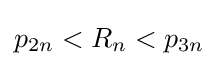
p_{2n}<R_{n}<p_{3n}